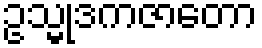
ဥသ္မုဒကဇာတော